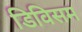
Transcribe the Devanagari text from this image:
डिविसम